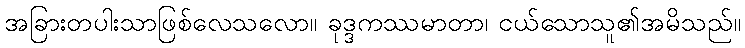
အခြားတပါးသာဖြစ်လေသလော။ ခုဒ္ဒကဿမာတာ၊ ငယ်သောသူ၏အမိသည်။